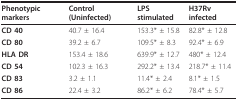
<table><thead><tr><td><b>Phenotypic markers</b></td><td><b>Control (Uninfected)</b></td><td><b>LPS stimulated</b></td><td><b>H37Rv infected</b></td></tr></thead><tbody><tr><td><b>CD 40</b></td><td>40.7 ± 16.4</td><td>153.3* ± 15.8</td><td>82.8* ± 12.8</td></tr><tr><td><b>CD 80</b></td><td>39.2 ± 6.7</td><td>109.5* ± 8.3</td><td>92.4* ± 6.9</td></tr><tr><td><b>HLA DR</b></td><td>153.4 ± 18.6</td><td>639.9* ± 12.7</td><td>480* ± 12.4</td></tr><tr><td><b>CD 54</b></td><td>102.3 ± 16.3</td><td>292.2* ± 13.4</td><td>218.7* ± 11.4</td></tr><tr><td><b>CD 83</b></td><td>3.2 ± 1.1</td><td>11.4* ± 2.4</td><td>8.1* ± 1.5</td></tr><tr><td><b>CD 86</b></td><td>22.4 ± 3.2</td><td>86.2* ± 6.2</td><td>78.4* ± 5.7</td></tr></tbody></table>